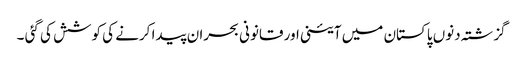
گزشتہ دنوں پاکستان میں آئینی اور قانونی بحران پیدا کرنے کی کوشش کی گئی ۔